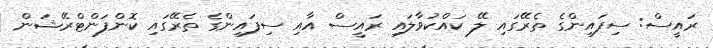
ރައީސް: ސިފައިންގެ ތެރޭގައި ލޭ ކައްކުވާލައި ރައީސް އާއި ސިފައިންގެ ތެރޭގައި ކޮންފަންޓްރޭޝަން